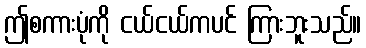
ဤစကားပုံကို ငယ်ငယ်ကပင် ကြားဘူးသည်။